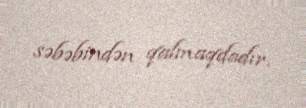
səbəbindən qalmaqdadır.